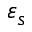
\varepsilon _ { s }